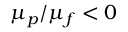
\mu _ { p } / \mu _ { f } < 0